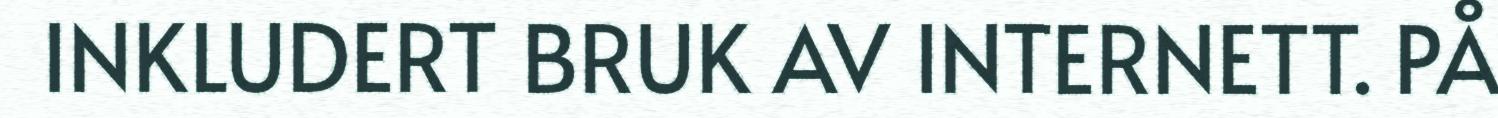
INKLUDERT BRUK AV INTERNETT. PÅ